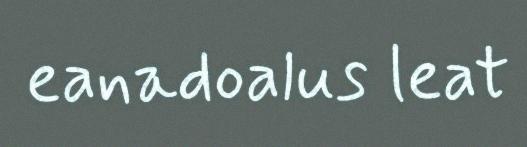
eanadoalus leat